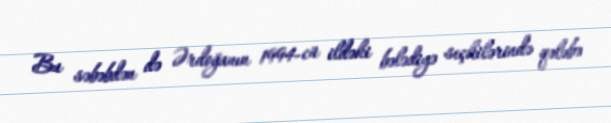
Bu səbəbdən də Ərdoğanın 1994-cü ildəki bələdiyə seçkilərində qələbə